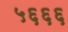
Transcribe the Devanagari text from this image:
५६६६